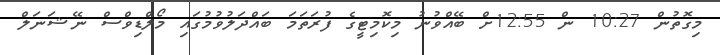
މިގޮތުން 10:27 ން 12:55ށް ބޭއްވުނު މިކޮމިޓީގެ ފުރަތަމަ ބައްދަލުވުމުގައި މޯލްޑިވްސް ނޭޝަނަލް